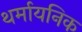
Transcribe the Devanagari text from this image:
थर्मायनिक